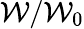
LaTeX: \mathcal{W}/\mathcal{W}_{0}